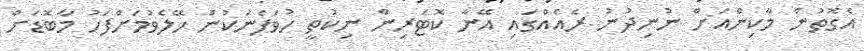
އެގޮތުން މާކިންއަށް ނުނިދުނު ރެއެއްގައި އޭނާ ކޮޓަރިން ނިކުތީ ހުވަފެނަކުން ހޭލެވުމަށްފަހު މާބޮޑަށް